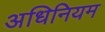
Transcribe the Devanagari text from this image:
अधिनियम